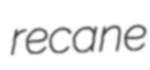
recane